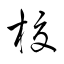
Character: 校